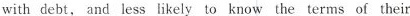
with debt, and less likely to know the terms of their